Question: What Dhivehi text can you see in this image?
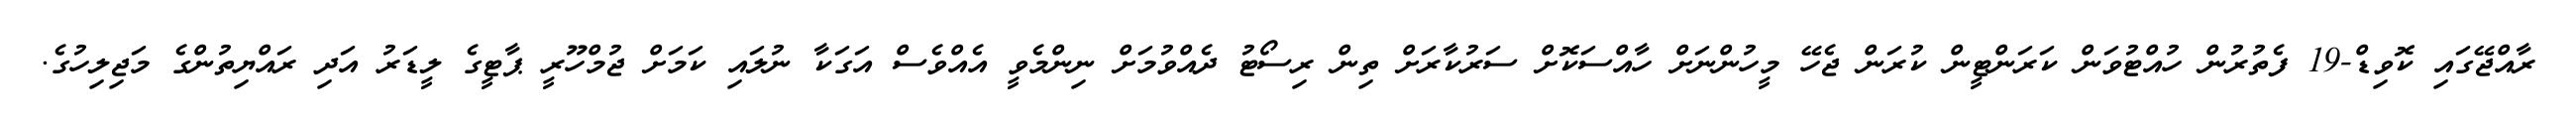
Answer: ރާއްޖޭގައި ކޮވިޑް-19 ފެތުރުން ހުއްޓުވަން ކަރަންޓީން ކުރަން ޖެހޭ މީހުންނަށް ހާއްސަކޮށް ސަރުކާރަށް ތިން ރިސޯޓު ދެއްވުމަށް ނިންމެވީ އެއްވެސް އަގަކާ ނުލައި ކަމަށް ޖުމްހޫރީ ޕާޓީގެ ލީޑަރު އަދި ރައްޔިތުންގެ މަޖިލިހުގެ.